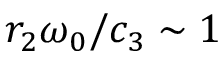
r _ { 2 } \omega _ { 0 } / c _ { 3 } \sim 1